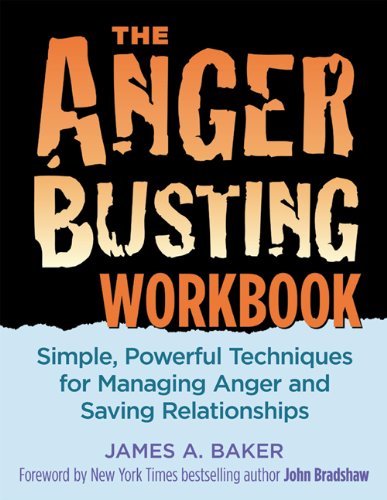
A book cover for The Anger Busting Workbook: Simple, Powerful Techniques for Managing Anger & Saving Relationships; James A. Baker; Self-Help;